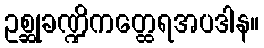
ဥစ္ဆုခဏ္ဍိကတ္ထေရအပဒါန။